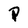
Character: P